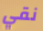
نقي